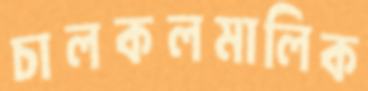
চালকলমালিক